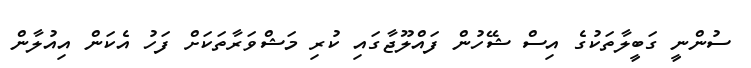
ސުންނީ ގަބީލާތަކުގެ އިސް ޝޭހުން ފައްލޫޖާގައި ކުރި މަޝްވަރާތަކަށް ފަހު އެކަން އިއުލާން